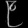
Digit: ၉